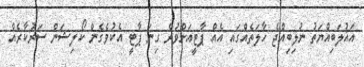
އަޣުލަބިއްޔަތު ނުލިބިއްޖެ ހާލަތެއްގައި އެއް ޕާޓީއަށްވުރެ ގިނަ ޕާޓީ އެކުވެގެން ކޯލިޝަން ސަރުކާރެއް